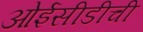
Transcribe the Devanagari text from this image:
ओईसीडीची